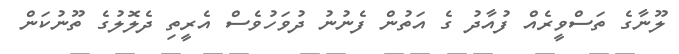
ލޫނާގެ ތަސްވީރެއް ފުއާދު ގެ އަތުން ފެނުނު ދުވަހުވެސް އެރީތި ދެލޮލުގެ ތޫނުކަން